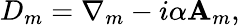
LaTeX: D_{m}=\nabla_{m}-i\alpha\mathbf{A}_{m},